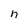
Character: n